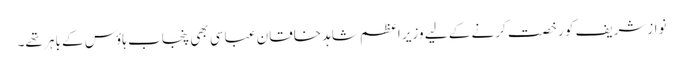
نوازشریف کو رخصت کرنے کے لیے وزیر اعظم شاہد خاقان عباسی بھی پنجاب ہاؤس کے باہر تھے۔